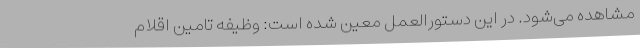
مشاهده می‌شود. در این دستورالعمل معین شده است: وظیفه تامین اقلام